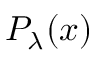
P _ { \lambda } ( x )